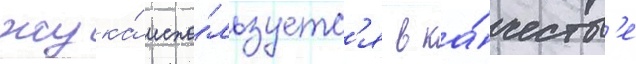
жука́ испо́льзуетс'я в ка́честв'е